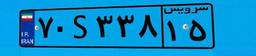
۷۷S۲۶۴۱۸